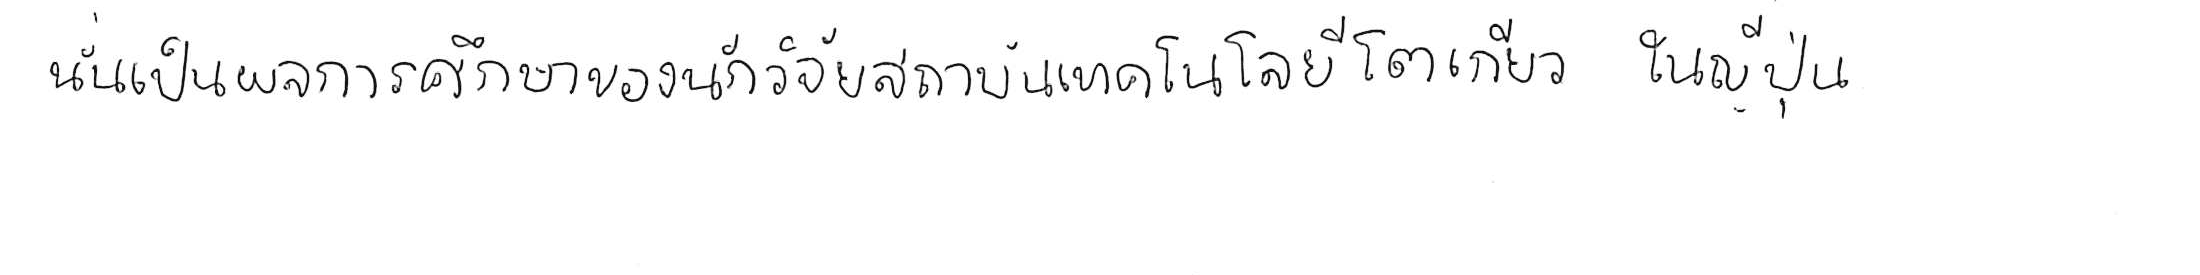
นั่นเป็นผลการศึกษาของนักวิจัยสถาบันเทคโนโลยีโตเกียว ในญี่ปุ่น